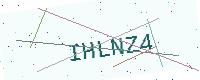
Text: IHLNZ4